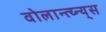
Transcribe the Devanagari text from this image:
वोलान्त्य्न्य्स